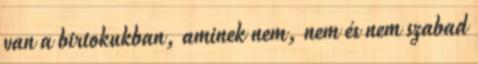
van a birtokukban, aminek nem, nem és nem szabad